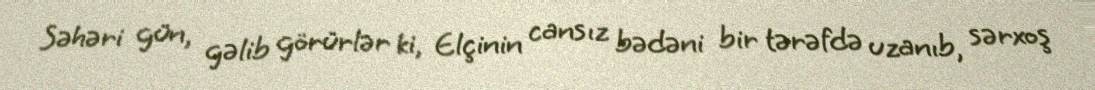
Səhəri gün, gəlib görürlər ki, Elçinin cansız bədəni bir tərəfdə uzanıb, sərxoş